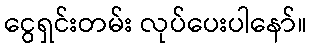
ငွေရှင်းတမ်း လုပ်ပေးပါနော်။